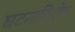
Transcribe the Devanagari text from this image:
घटनाविशेष